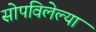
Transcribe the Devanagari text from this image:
सोपविलेल्या